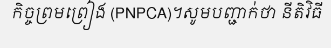
កិច្ចព្រមព្រៀង (PNPCA)។សូមបញ្ជាក់ថា នីតិវិធី